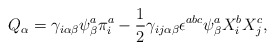
\begin{align*}Q_\alpha=\gamma_{i\alpha\beta}\psi^a_\beta\pi^a_i-\frac{1}{2}\gamma_{ij\alpha\beta}\epsilon^{abc}\psi_\beta^aX_i^bX_j^c ,\end{align*}